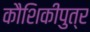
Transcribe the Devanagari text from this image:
कौशिकीपुत्र